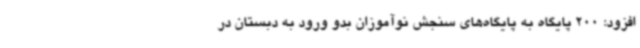
افزود: 200 پایگاه به پایگاه‌های سنجش نوآموزان بدو ورود به دبستان در